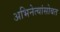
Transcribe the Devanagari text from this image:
अभिनेत्यांसोबत